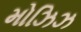
મોઝિઝ